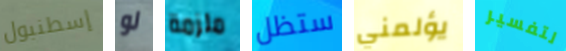
إسطنبول لو ملزمة ستظل يؤلمني لتفسير